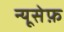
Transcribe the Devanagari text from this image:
न्यूसेफ़